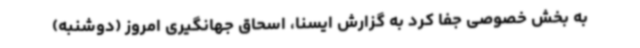
به بخش خصوصی جفا کرد به گزارش ایسنا، اسحاق جهانگیری امروز (دوشنبه)